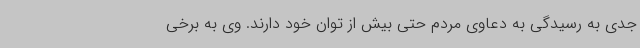
جدی به رسیدگی به دعاوی مردم حتی بیش از توان خود دارند. وی به برخی